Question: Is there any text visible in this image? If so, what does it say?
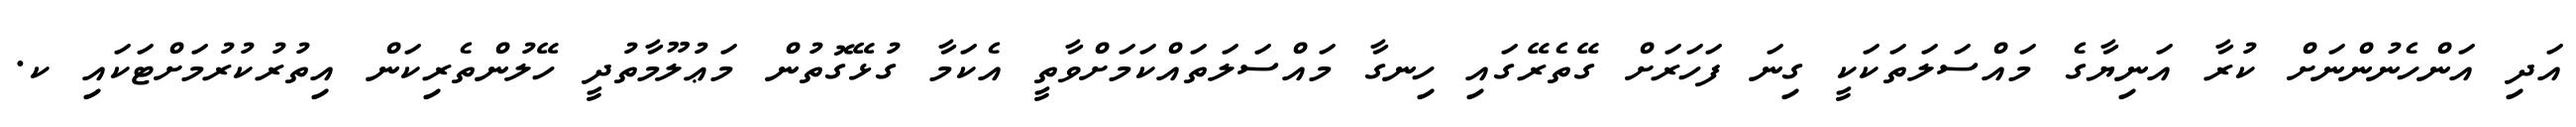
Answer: އަދި އަންހެނުންނަށް ކުރާ އަނިޔާގެ މައްސަލަތަކަކީ ގިނަ ފަހަރަށް ގޭތެރޭގައި ހިނގާ މައްސަލަތައްކަމަށްވާތީ އެކަމާ ގުޅޭގޮތުން މަޢުލޫމާތުދީ ހޭލުންތެރިކަން އިތުރުކުރުމަށްޓަކައި ކ.